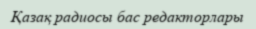
Қазақ радиосы бас редакторлары